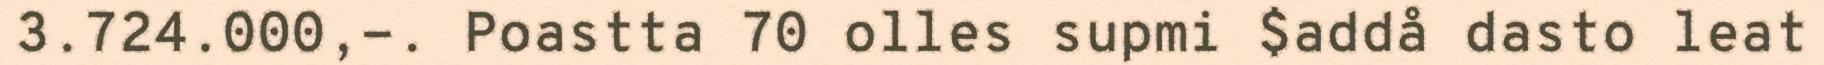
3.724.000,-. Poastta 70 olles supmi $addå dasto leat